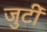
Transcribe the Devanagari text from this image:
जुटीं